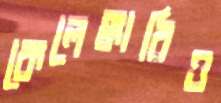
কেলেঙ্কারিও